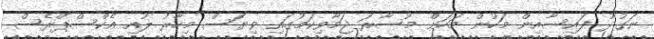
ނަގުދު ފައިސާއިން މަހުން މަހަށް މުސާރަ ޖަމާވިކަމުގައި ވިޔަސް މިހާރު ލުއި އެކްސްޕްރެސް